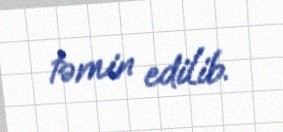
təmin edilib.